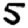
Digit: 5